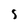
Character: S